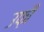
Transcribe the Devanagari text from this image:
उफ़ी